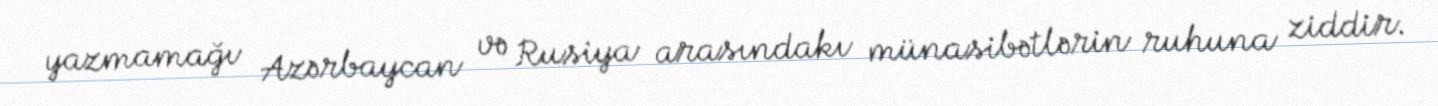
yazmamağı Azərbaycan və Rusiya arasındakı münasibətlərin ruhuna ziddir.